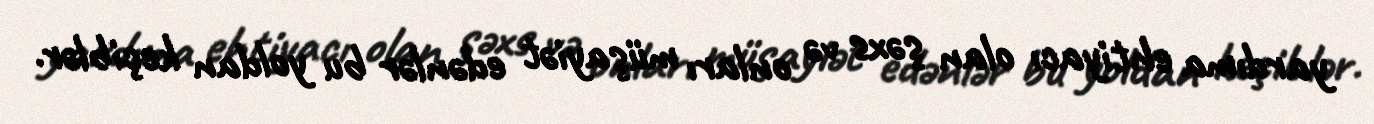
yardıma ehtiyacı olan şəxs və onları müşayiət edənlər bu yoldan keçiblər.